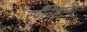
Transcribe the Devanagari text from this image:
स्पॅनिशांना